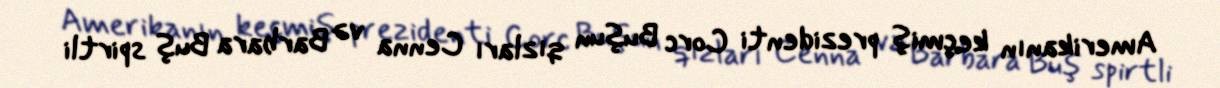
Amerikanın keçmiş prezidenti Corc Buşun qızları Cenna və Barbara Buş spirtli